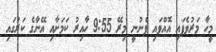
މީހާ މަރުވެފައި އޮއްވައި ފެނުނީ މިރޭ 9:55 ހާއިރު ކަމަށާއި އޭނާގެ ކަރުގައި